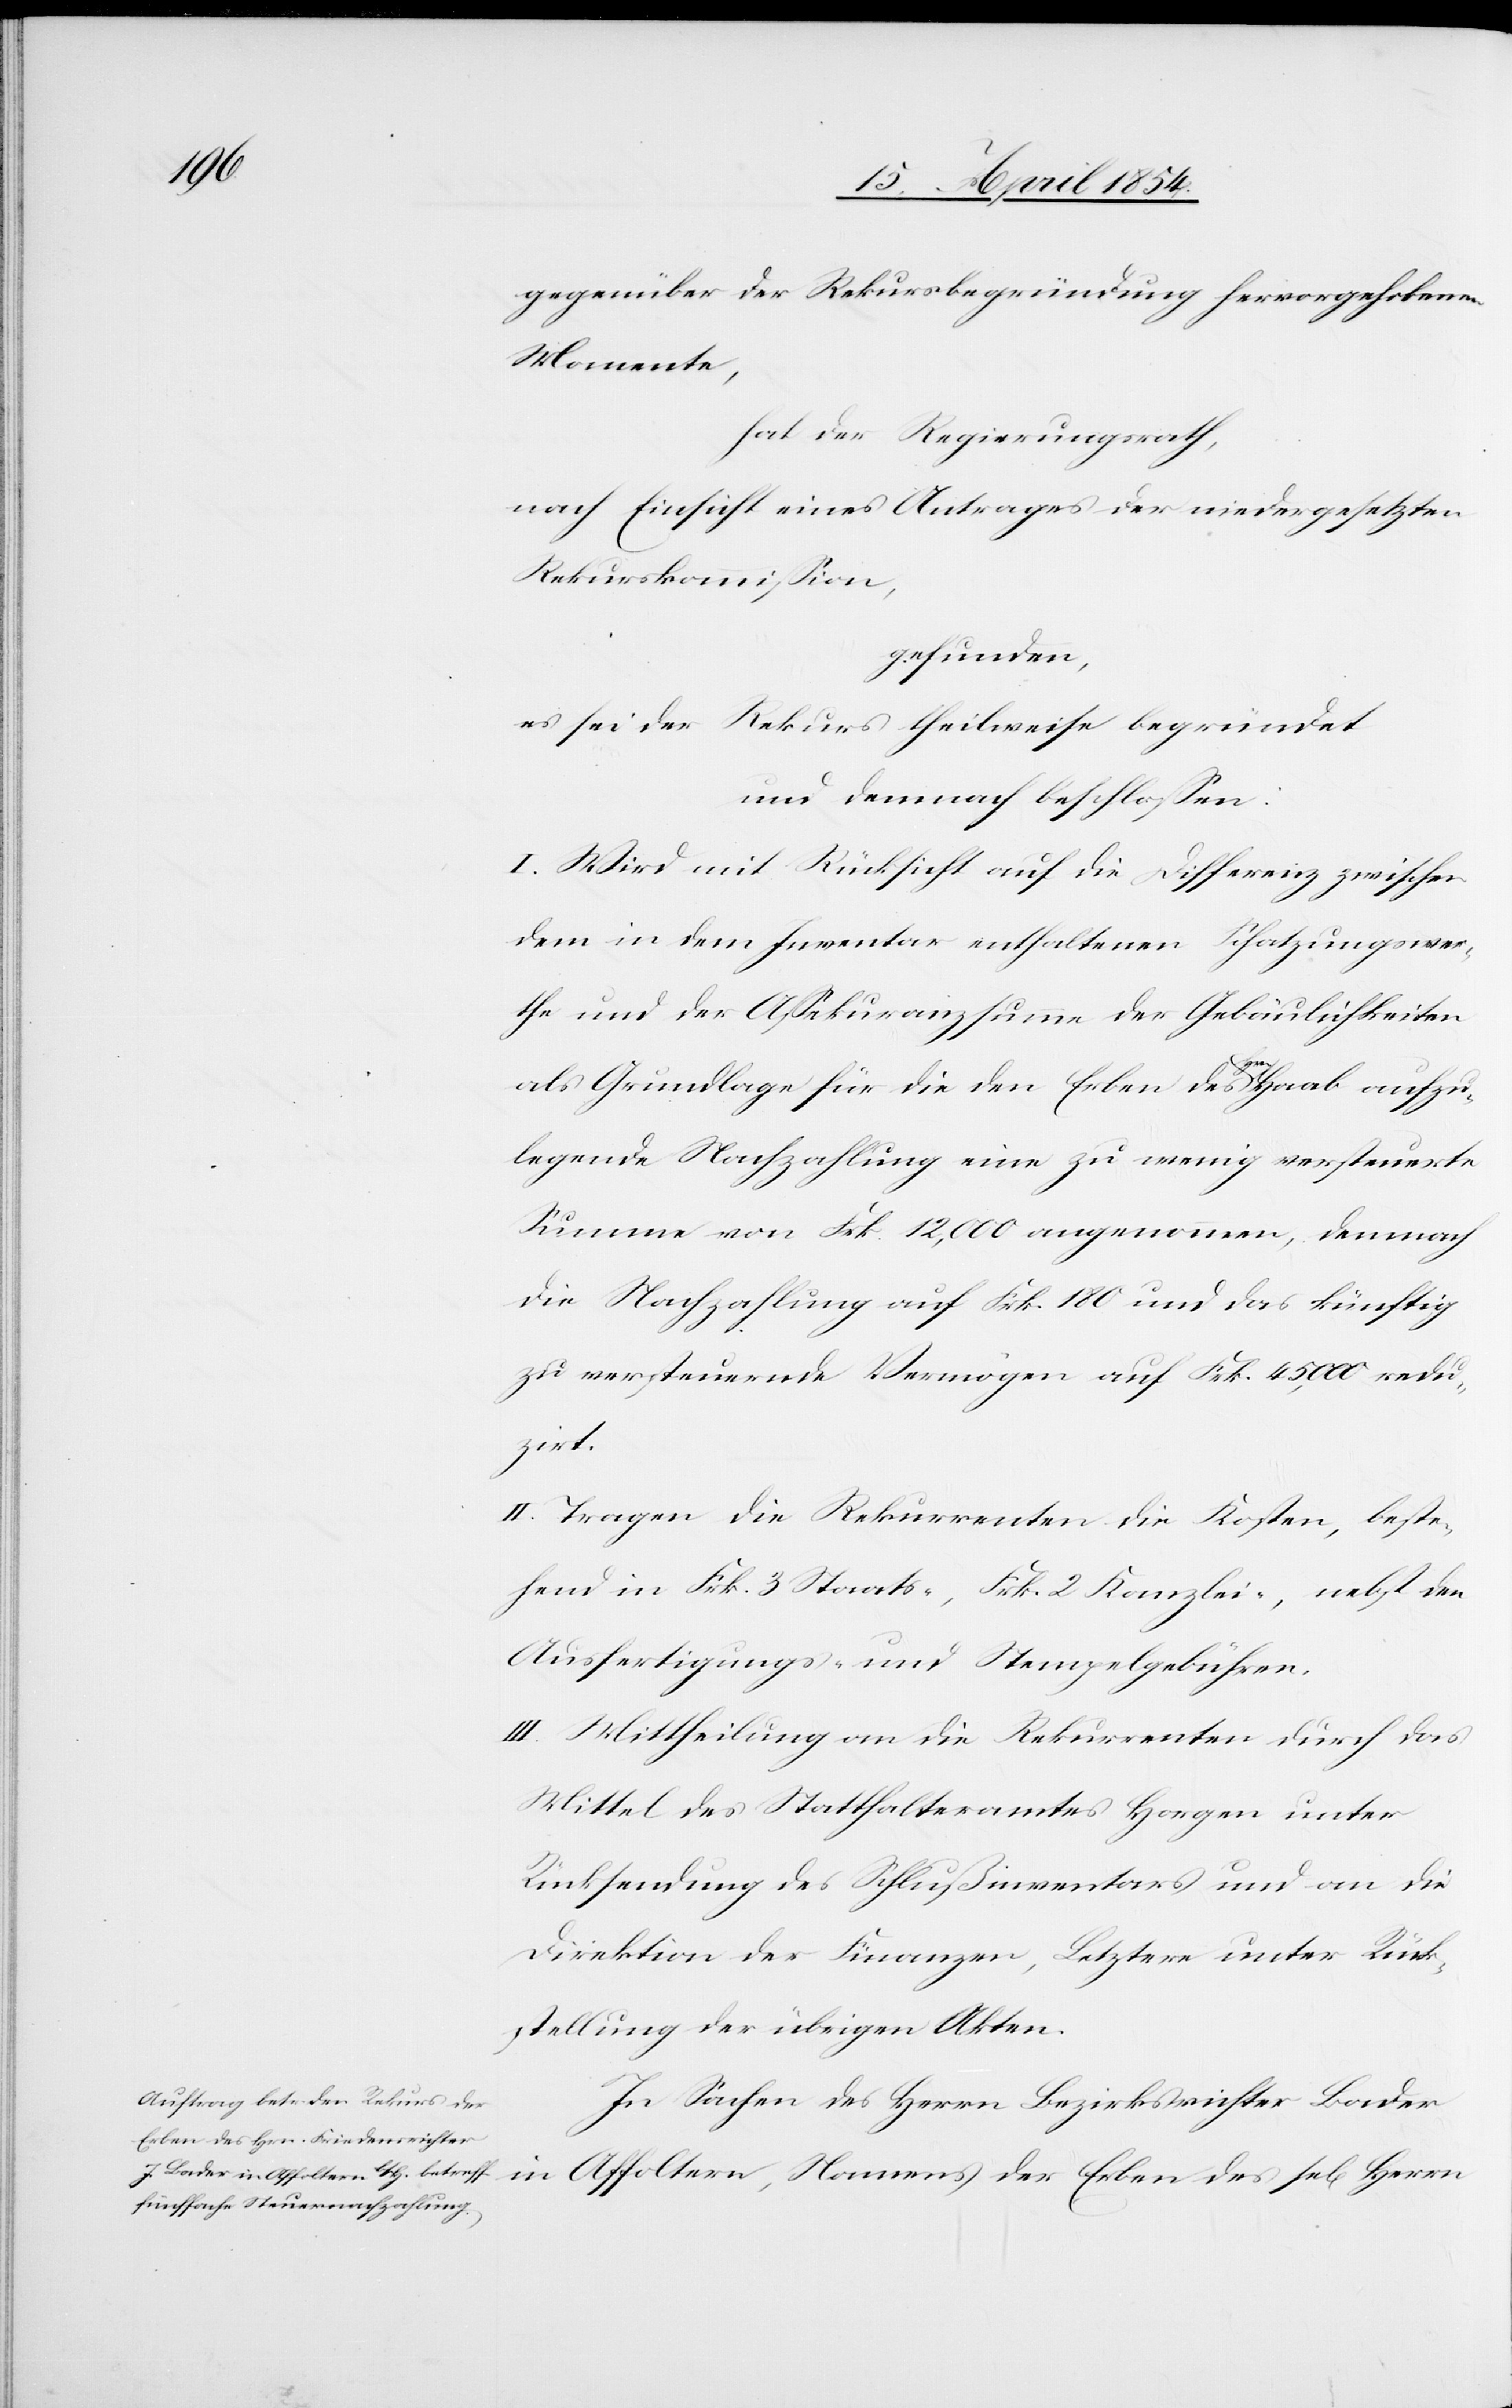
gegenüber der Rekursbegründung hervorgehobenen
Momente,
hat der Regierungsrath,
nach Einsicht eines Antrages der niedergesetzten
Rekurskommißion,
gefunden,
es sei der Rekurs theilweise begründet
und demnach beschloßen:
I. Wird mit Rücksicht auf die Differenz zwischen
dem in dem Inventar enthaltenen Schatzungswer¬
the und der Aßekuranzsumme der Gebäulichkeiten
als Grundlage für die den Erben des a-Hrn-a Haab aufzu¬
legende Nachzahlung eine zu wenig versteuerte
Summe von Frk. 12,000 angenommen, demnach
die Nachzahlung auf Frk. 180 und das künftig
zu versteuernde Vermögen auf Frk. 45,000 redu¬
zirt.
II. Tragen die Rekurrenten die Kosten, beste¬
hend in Frk. 3 Staats-, Frk. 2 Kanzlei-, nebst den
Ausfertigungs- und Stempelgebühren.
III. Mittheilung an die Rekurrenten durch das
Mittel des Statthalteramtes Horgen unter
Rücksendung des Schlußinventars und an die
Direktion der Finanzen, Letztere unter Rück¬
sendung der übrigen Akten.
In Sachen des Herrn Bezirksrichter Bader
in Affoltern, Namens der Erben des sel Herrn